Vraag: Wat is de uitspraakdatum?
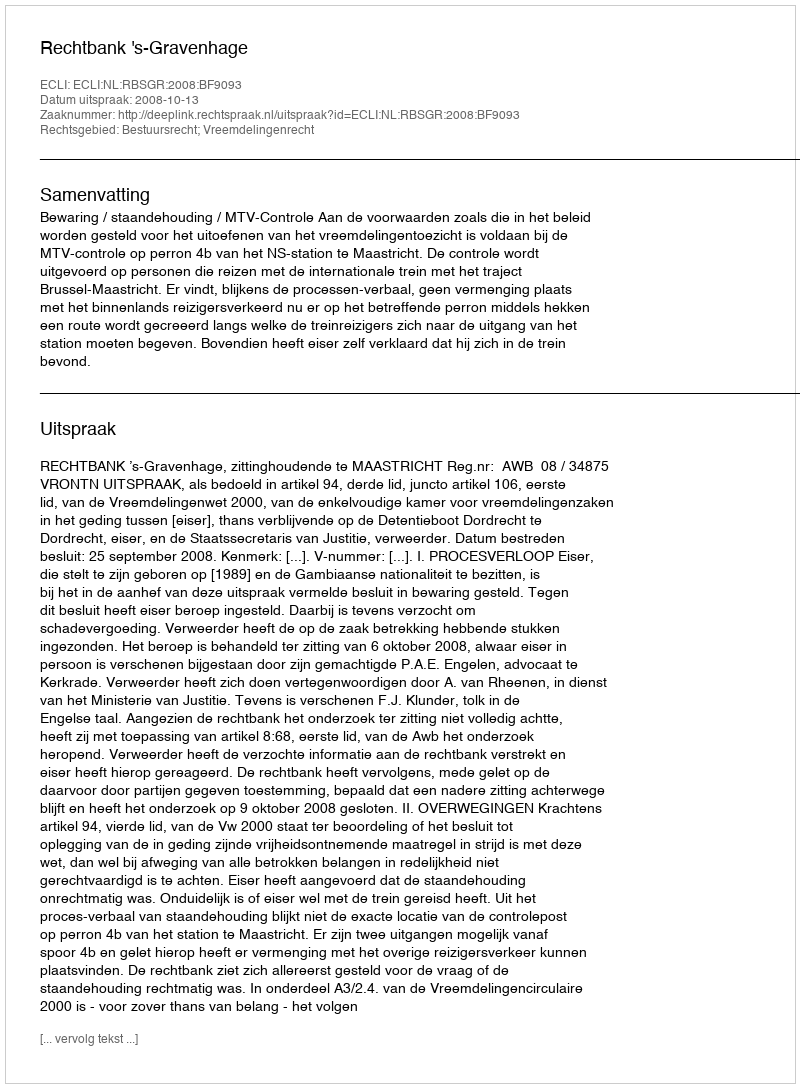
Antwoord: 2008-10-13